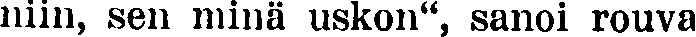
niin, sen minä uskon'', sanoi rouva